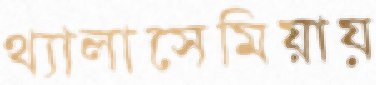
থ্যালাসেমিয়ায়